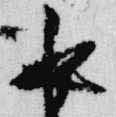
夜